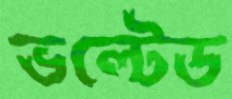
ভল্টেড